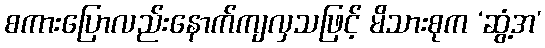
စကားပြောလည်းနောက်ကျလှသဖြင့် မိသားစုက ‘ဆွံ့အ’